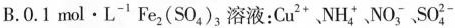
B.0.1 mol·L^{-1}Fe _{2}(SO_{4})_{3},溶液:Cu^{2+}